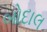
બોદાલ